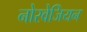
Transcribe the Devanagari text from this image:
नोरवेजियन